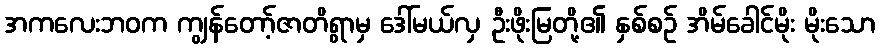
အကလေးဘဝက ကျွန်တော့်ဇာတိရွာမှ ဒေါ်မယ်လှ ဦးဖိုးမြတို့၏ နှစ်စဉ် အိမ်ခေါင်မိုး မိုးသော